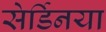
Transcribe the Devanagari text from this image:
सेर्डिनया